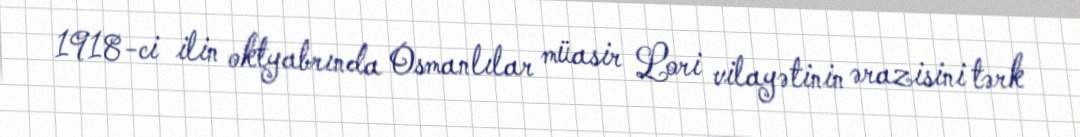
1918-ci ilin oktyabrında Osmanlılar müasir Lori vilayətinin ərazisini tərk